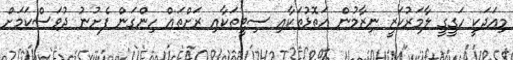
މިއަދަކީ ހަގީގީ ލާމަރުކަޒީ ނިޒާމުން އަތޮޅުތަކާއި ސިޓީތަކާއި ރަށްތައް ހިންގަން ފެށުނު ދުވަސްކަމަށް